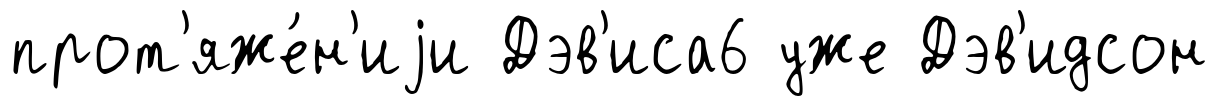
прот'яже́н'иjи Дэв'иса6 уже Дэв'идсон